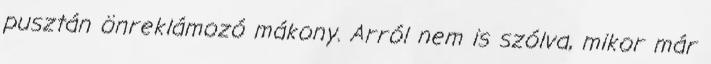
pusztán önreklá­mozó mákony. Arról nem is szólva, mikor már